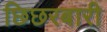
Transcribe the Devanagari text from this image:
छिछरबारी